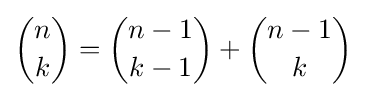
{\binom {n}{k}}={\binom {n-1}{k-1}}+{\binom {n-1}{k}}